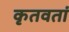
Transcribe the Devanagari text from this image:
कृतवतां